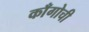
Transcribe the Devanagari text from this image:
काँगोची